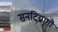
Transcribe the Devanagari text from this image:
सनटियागो